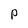
Character: P